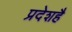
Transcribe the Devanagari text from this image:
प्रदेशहै